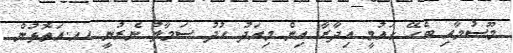
މޫސުމާއި ބެހޭ ގައުމީ އިދާރާ އިން މިއަދު ހުދު ސަމާލު ނެރުނީ ހއ.އަތޮޅުން